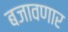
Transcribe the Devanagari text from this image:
बजावणार